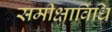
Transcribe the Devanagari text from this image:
समीक्षाविधि